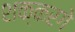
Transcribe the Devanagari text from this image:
शक्करगे